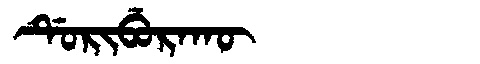
Manchu: ᡩᡠᡵᡳᠪᡠᡵᠠᡴᡡ
Romanization: DURIBURAKŪ